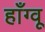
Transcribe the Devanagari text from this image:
हाँग्वू